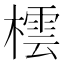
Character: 橒